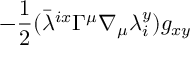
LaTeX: - \frac { 1 } { 2 } ( { \bar { \lambda } } ^ { i x } \Gamma ^ { \mu } \nabla _ { \mu } \lambda _ { i } ^ { y } ) g _ { x y }